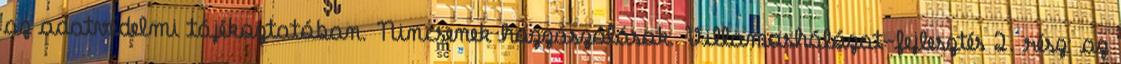
az adatvédelmi tájékoztatóban. Nincsenek hozzászólások. Villamoshálózat-fejlesztés 2. rész: az